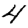
Digit: 4